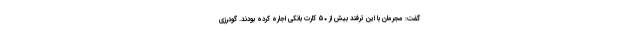
گفت: مجرمان با این ترفند بیش از ۵۰ کارت بانکی اجاره کرده بودند. گودرزی